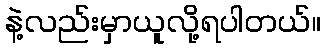
နဲ့လည်းမှာယူလို့ရပါတယ်။